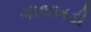
ગાલખડી